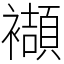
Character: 襭